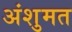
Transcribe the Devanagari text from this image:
अंशुमत